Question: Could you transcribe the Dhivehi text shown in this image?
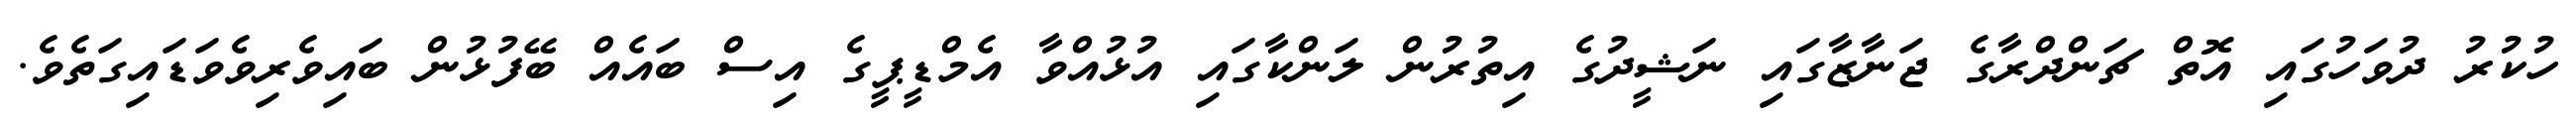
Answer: ހުކުރު ދުވަހުގައި އޮތް ޗަންދްރާގެ ޖަނާޒާގައި ނަޝީދުގެ އިތުރުން ލަންކާގައި އުޅުއްވާ އެމްޑީޕީގެ އިސް ބައެއް ބޭފުޅުން ބައިވެރިވެވަޑައިގަތެވެ.